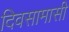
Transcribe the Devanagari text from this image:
दिवसामासी